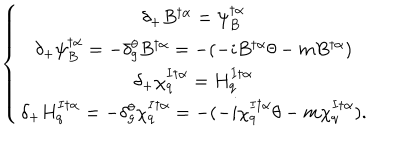
\left\{ \begin{array} { c } { { \delta _ { + } B ^ { \dagger \alpha } = \psi _ { B } ^ { \dagger \alpha } } } \\ { { \delta _ { + } \psi _ { B } ^ { \dagger \alpha } = - \delta _ { g } ^ { \theta } B ^ { \dagger \alpha } = - ( - i B ^ { \dagger \alpha } \theta - m B ^ { \dagger \alpha } ) } } \\ { { \delta _ { + } \chi _ { q } ^ { I \dagger \alpha } = H _ { q } ^ { I \dagger \alpha } } } \\ { { \delta _ { + } H _ { q } ^ { I \dagger \alpha } = - \delta _ { g } ^ { \theta } \chi _ { q } ^ { I \dagger \alpha } = - ( - i \chi _ { q } ^ { I \dagger \alpha } \theta - m \chi _ { q } ^ { I \dagger \alpha } ) . } } \\ \end{array} \right.